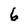
Character: 6